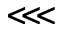
\lll